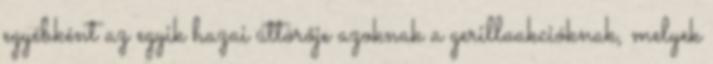
egyébként az egyik hazai úttörője azoknak a gerillaakcióknak, melyek